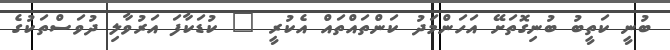
ބުނީ ކަތީބު ބުނިގޮތަށޭ އަހަންމަދު ކަންތައްތައް އެކުރީ " ކުޑަކާފަ އަރުވާލި ދުވަސްތަކުގެ